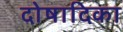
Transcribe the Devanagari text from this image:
दोषादिका